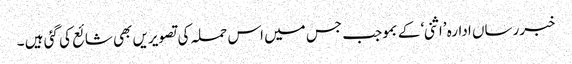
خبررساں ادارہ ’اثنی‘ کے بموجب جس میں اس حملہ کی تصویریں بھی شائع کی گئی ہیں ۔